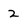
Character: 2